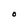
Character: O